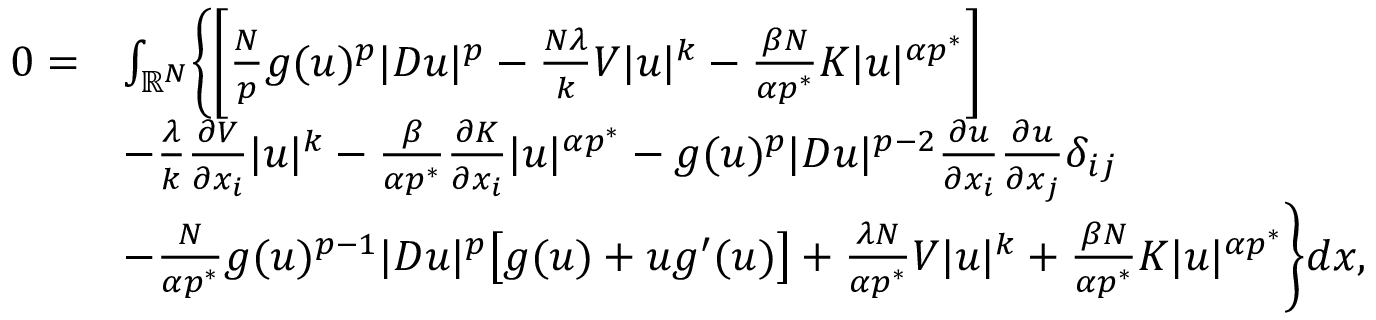
\begin{array} { r l } { 0 = } & { \int _ { \mathbb R ^ { N } } \biggl \{ \biggr [ \frac N p g ( u ) ^ { p } | D u | ^ { p } - \frac { N \lambda } { k } V | u | ^ { k } - \frac { \beta N } { \alpha p ^ { * } } K | u | ^ { \alpha p ^ { * } } \biggr ] } \\ & { - \frac { \lambda } { k } \frac { \partial V } { \partial x _ { i } } | u | ^ { k } - \frac { \beta } { \alpha p ^ { * } } \frac { \partial K } { \partial x _ { i } } | u | ^ { \alpha p ^ { * } } - g ( u ) ^ { p } | D u | ^ { p - 2 } \frac { \partial u } { \partial x _ { i } } \frac { \partial u } { \partial x _ { j } } \delta _ { i j } } \\ & { - \frac { N } { \alpha p ^ { * } } g ( u ) ^ { p - 1 } | D u | ^ { p } \bigl [ g ( u ) + u g ^ { \prime } ( u ) \bigr ] + \frac { \lambda N } { \alpha p ^ { * } } V | u | ^ { k } + \frac { \beta N } { \alpha p ^ { * } } K | u | ^ { \alpha p ^ { * } } \biggr \} d x , } \end{array}